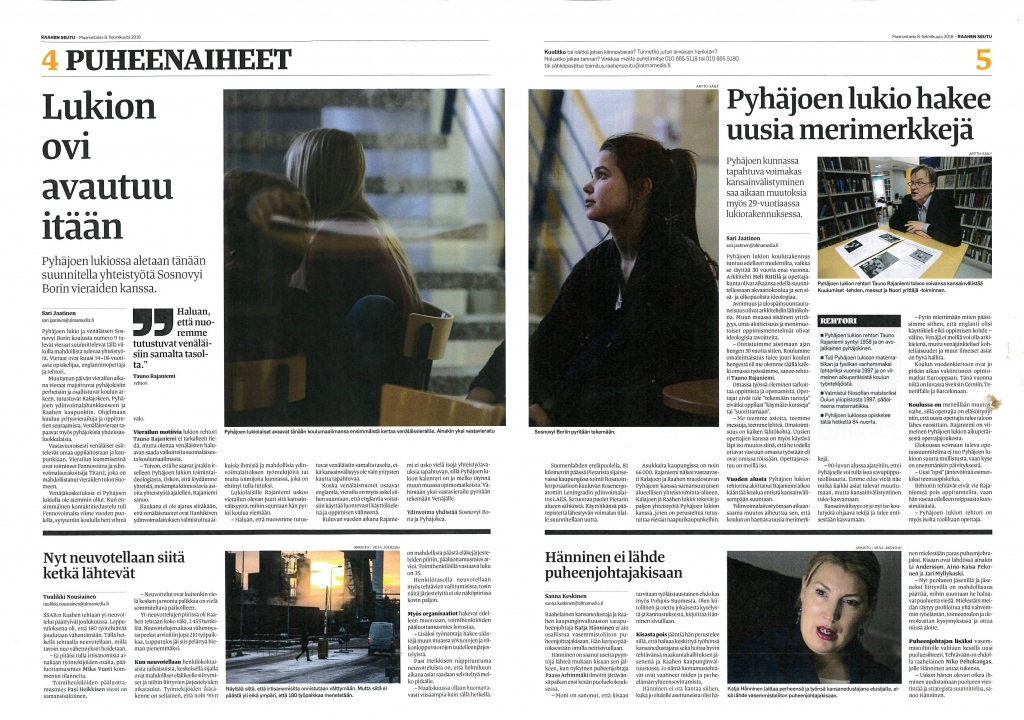
Language: fn